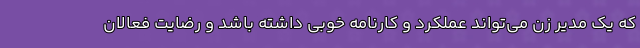
که یک مدیر زن می‌تواند عملکرد و کارنامه خوبی داشته باشد و رضایت فعالان